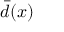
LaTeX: { \bar { d } } ( x )